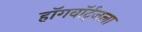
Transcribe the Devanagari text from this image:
हॉगवॉर्ट्‌जला